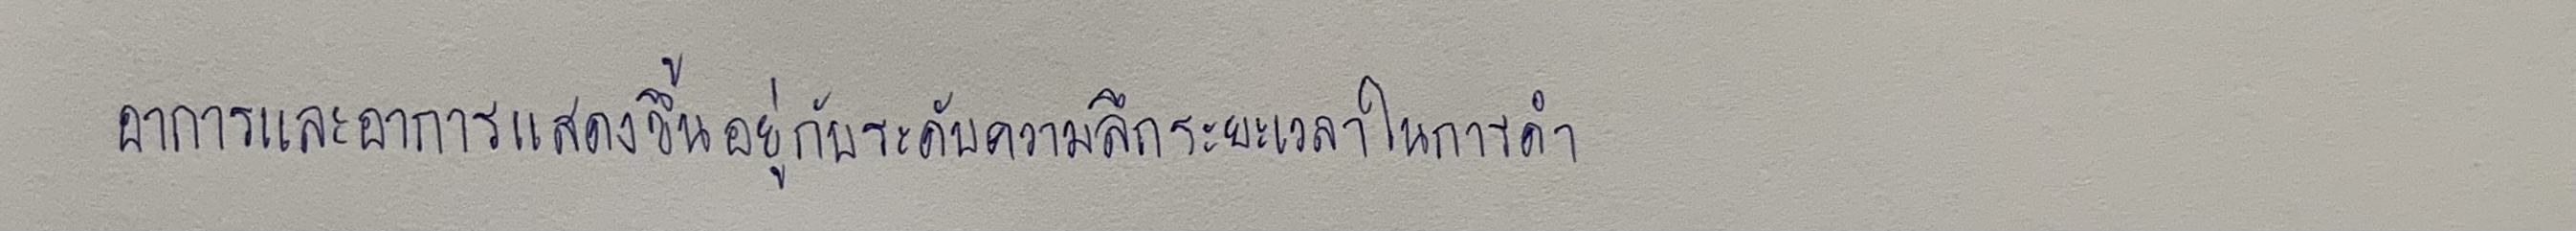
อาการและอาการแสดงขึ้นอยู่กับระดับความลึกระยะเวลาในการดำ